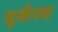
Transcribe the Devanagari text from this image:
मुर्करव